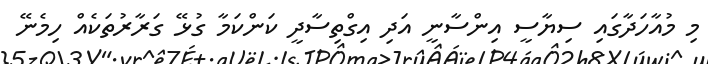
މި މުއާހަދާގައި ސިޔާސީ އިންސާނީ އަދި އިގްތިސާދީ ކަންކަމާ ގުޅޭ ގަރާރުތަކެއް ހިމެނޭ